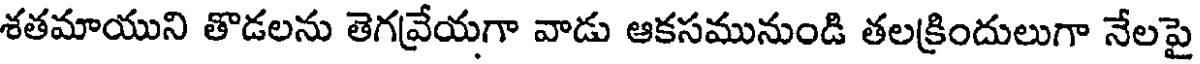
శతమాయుని తొడలను తెగవ్రేయగా వాడు ఆకసమునుండి తలక్రిందులుగా నేలపై